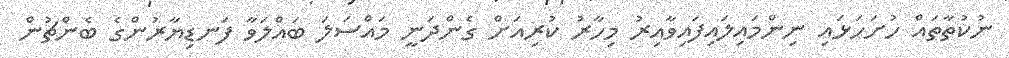
ނުކުތާތައް ހުށަހަޅައި ނިންމައިލައިފައިވާއިރު މިހާރު ކުރިއަށް ގެންދަނީ މައްސަލަ ބައްލަވާ ފަނޑިޔާރުންގެ ބެންޗުން